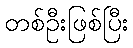
တစ်ဦးဖြစ်ပြီး